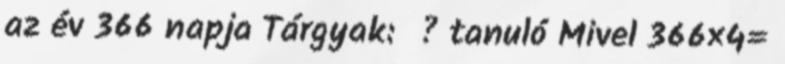
az év 366 napja Tárgyak: ? tanuló Mivel 366×4=